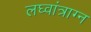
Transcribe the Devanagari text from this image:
लघ्वांत्राग्न